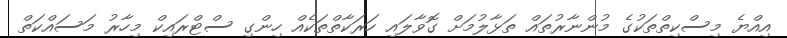
އިއްޔެ މިސްކިތްތަކުގެ މުންނާރުތައް ތަޅާލުމަށް ގޮވާލައި ހަރަކާތްތަކެއް ހިންގި ސްޓްރައިކް މިހާރު މަސައްކަތް